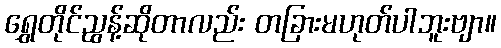
ရွှေတိုင်ညွန့်ဆိုတာလည်း တခြားမဟုတ်ပါဘူးဗျာ။